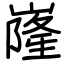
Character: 嶐